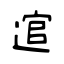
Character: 逭